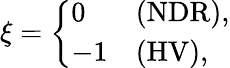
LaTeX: \xi=\left\{ \begin{array}{ll}{{0}}&{{\mathrm{(NDR)},}}\\ {{-1}}&{{\mathrm{(HV)},}}\end{array}\right.